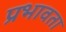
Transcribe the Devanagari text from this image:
प्रभावता